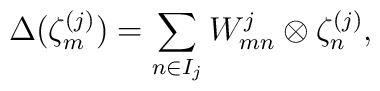
\Delta (\zeta ^{(j)}_{m})= \sum _{n\in I_{j}} W^{j}_{mn}\otimes \zeta	^{(j)}_{n},